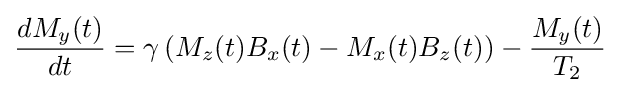
{\frac {dM_{y}(t)}{dt}}=\gamma \left(M_{z}(t)B_{x}(t)-M_{x}(t)B_{z}(t)\right)-{\frac {M_{y}(t)}{T_{2}}}